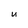
Character: u